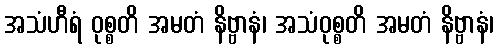
အသံဟီရံ ဝုစ္စတိ အမတံ နိဗ္ဗာနံ၊ အသံဝုစ္စတိ အမတံ နိဗ္ဗာနံ၊